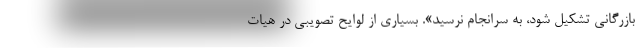
بازرگانی تشکیل شود، به سرانجام نرسید». بسیاری از لوایح تصویبی در هیات